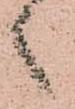
々